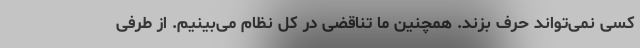
کسی نمی‌تواند حرف بزند. همچنین ما تناقضی در کل نظام می‌بینیم. از طرفی